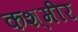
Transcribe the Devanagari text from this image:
कश्‌मीर